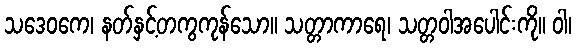
သဒေဝကေ၊ နတ်နှင့်တကွကုန်သော။ သတ္တာကာရေ၊ သတ္တဝါအပေါင်းကို။ ဝါ၊